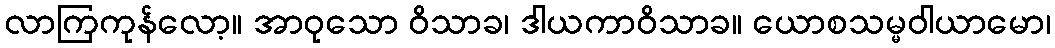
လာကြကုန်လော့။ အာဝုသော ဝိသာခ၊ ဒါယကာဝိသာခ။ ယောစသမ္မဝါယာမော၊